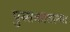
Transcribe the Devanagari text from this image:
पुस्‍तकातल्या